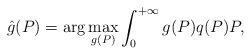
LaTeX: \begin{align*}\hat{g}(P) = \arg \max_{g(P)} \int_0^{+\infty} g(P) q(P) P,\end{align*}